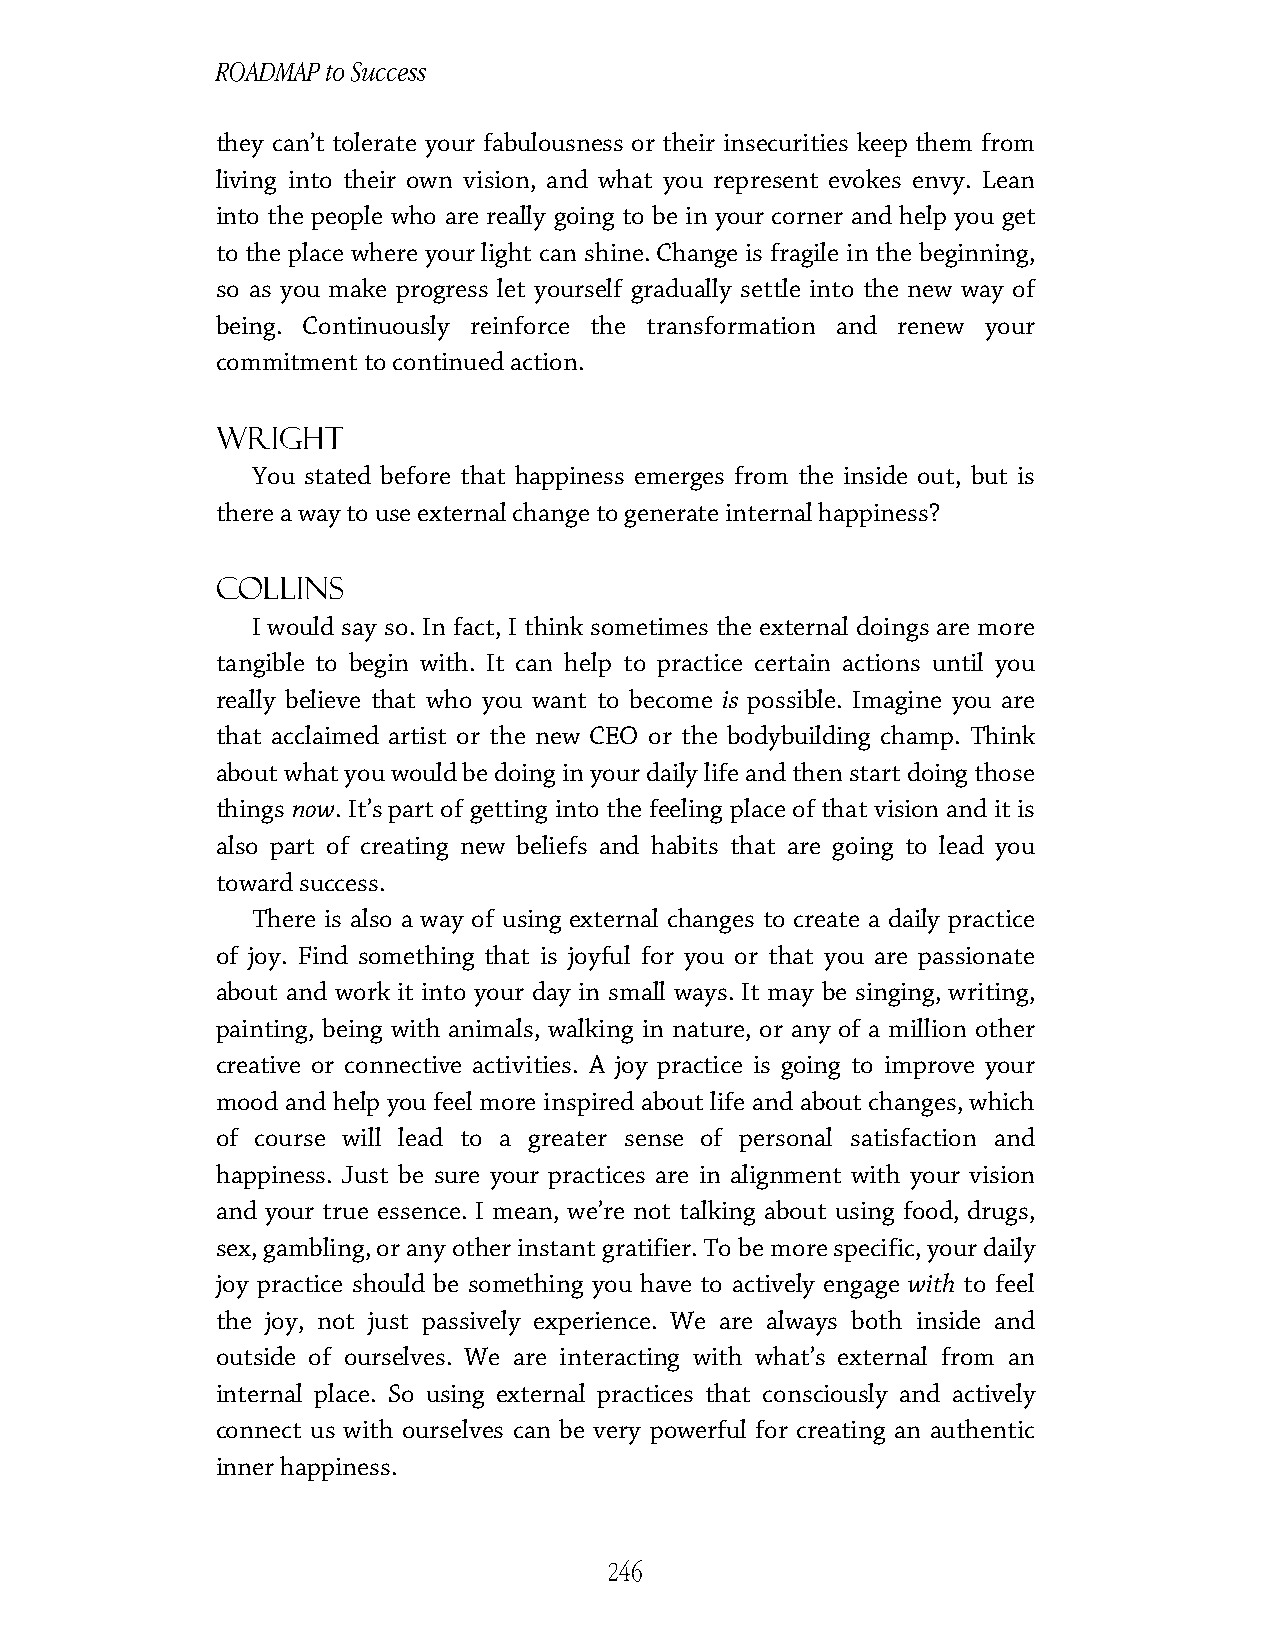
ROADMAP to Success
 they can’t tolerate your fabulousness or their insecurities keep them from
 living into their own vision, and what you represent evokes envy. Lean
 into the people who are really going to be in your corner and help you get
 to the place where your light can shine. Change is fragile in the beginning,
 so as you make progress let yourself gradually settle into the new way of
 being. Continuously reinforce the transformation and renew your
 commitment to continued action.
 Wright
 You stated before that happiness emerges from the inside out, but is
 there a way to use external change to generate internal happiness?
 Collins
 I would say so. In fact, I think sometimes the external doings are more
 tangible to begin with. It can help to practice certain actions until you
 really believe that who you want to become is possible. Imagine you are
 that acclaimed artist or the new CEO or the bodybuilding champ. Think
 about what you would be doing in your daily life and then start doing those
 things now. It’s part of getting into the feeling place of that vision and it is
 also part of creating new beliefs and habits that are going to lead you
 toward success.
 There is also a way of using external changes to create a daily practice
 of joy. Find something that is joyful for you or that you are passionate
 about and work it into your day in small ways. It may be singing, writing,
 painting, being with animals, walking in nature, or any of a million other
 creative or connective activities. A joy practice is going to improve your
 mood and help you feel more inspired about life and about changes, which
 of course will lead to a greater sense of personal satisfaction and
 happiness. Just be sure your practices are in alignment with your vision
 and your true essence. I mean, we’re not talking about using food, drugs,
 sex, gambling, or any other instant gratifier. To be more specific, your daily
 joy practice should be something you have to actively engage with to feel
 the joy, not just passively experience. We are always both inside and
 outside of ourselves. We are interacting with what’s external from an
 internal place. So using external practices that consciously and actively
 connect us with ourselves can be very powerful for creating an authentic
 inner happiness.
 246